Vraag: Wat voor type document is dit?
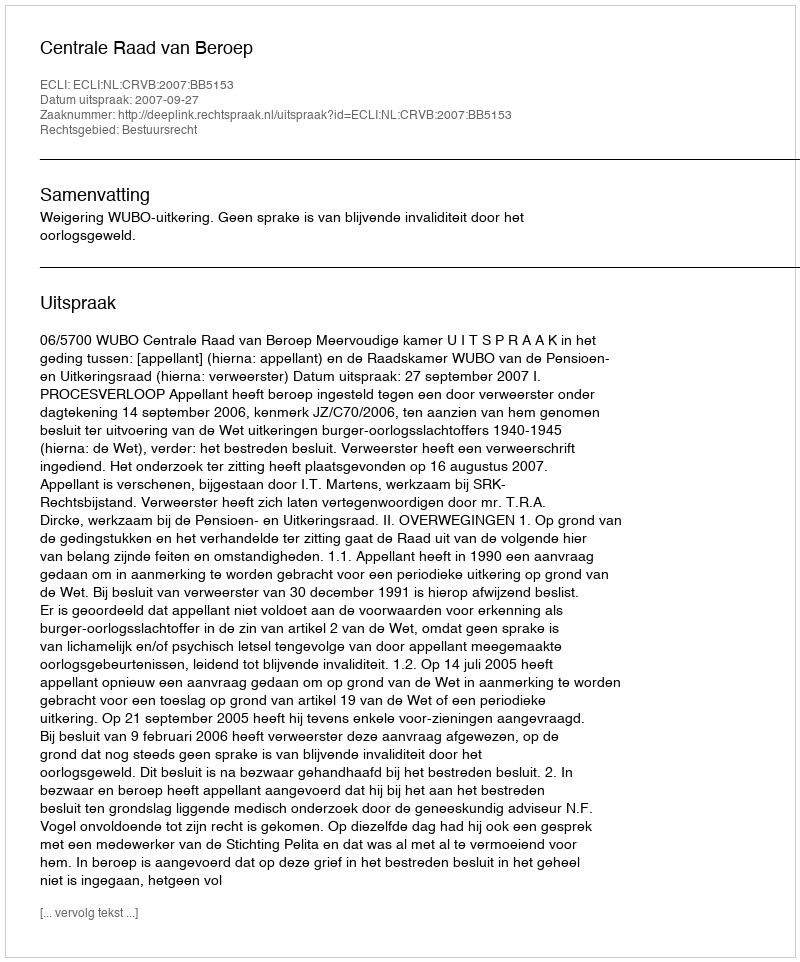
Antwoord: Uitspraak